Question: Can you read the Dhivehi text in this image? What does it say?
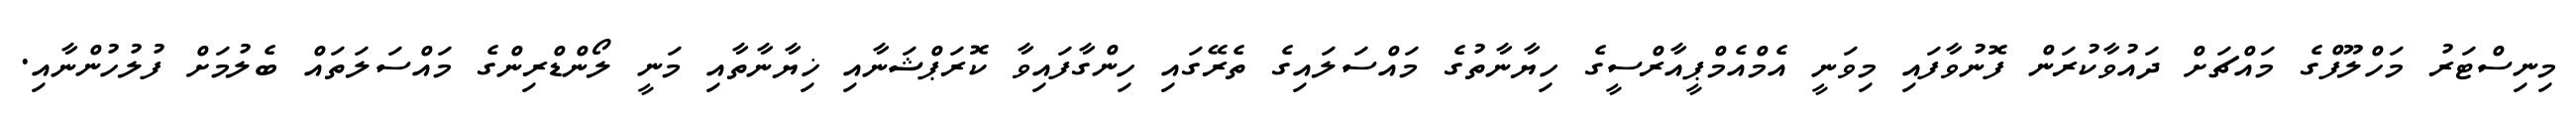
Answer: މިނިސްޓަރު މަހްލޫފްގެ މައްޗަށް ދައުވާކުރަން ފޮނުވާފައި މިވަނީ އެމްއެމްޕީއާރްސީގެ ހިޔާނާތުގެ މައްސަލައިގެ ތެރޭގައި ހިންގާފައިވާ ކޮރަޕްޝަނާއި ޚިޔާނާތާއި މަނީ ލޯންޑްރިންގެ މައްސަލަތައް ބެލުމަށް ފުލުހުންނާއި.